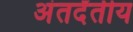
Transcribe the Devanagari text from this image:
अंतर्दंतीय